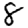
Digit: 8